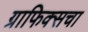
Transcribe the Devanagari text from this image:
ग्राफिक्सचा